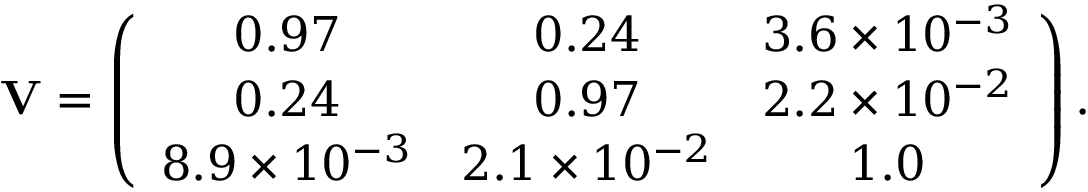
{ \bf V } = \left( \begin{array} { c c c } { { 0 . 9 7 } } & { { 0 . 2 4 } } & { { 3 . 6 \times 1 0 ^ { - 3 } } } \\ { { 0 . 2 4 } } & { { 0 . 9 7 } } & { { 2 . 2 \times 1 0 ^ { - 2 } } } \\ { { 8 . 9 \times 1 0 ^ { - 3 } } } & { { 2 . 1 \times 1 0 ^ { - 2 } } } & { { 1 . 0 } } \end{array} \right) .